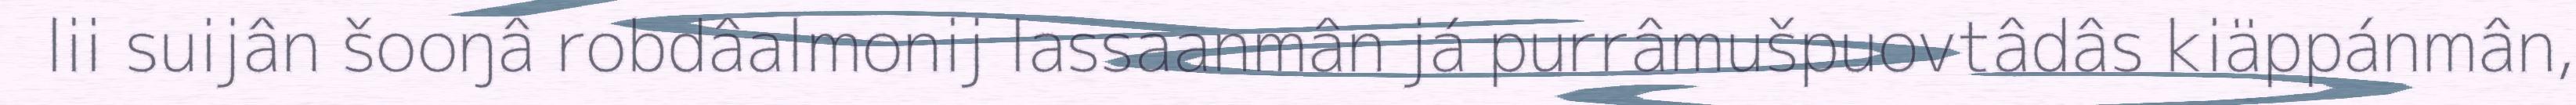
lii suijân šooŋâ robdâalmonij lassaanmân já purrâmušpuovtâdâs kiäppánmân,